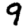
Digit: 9